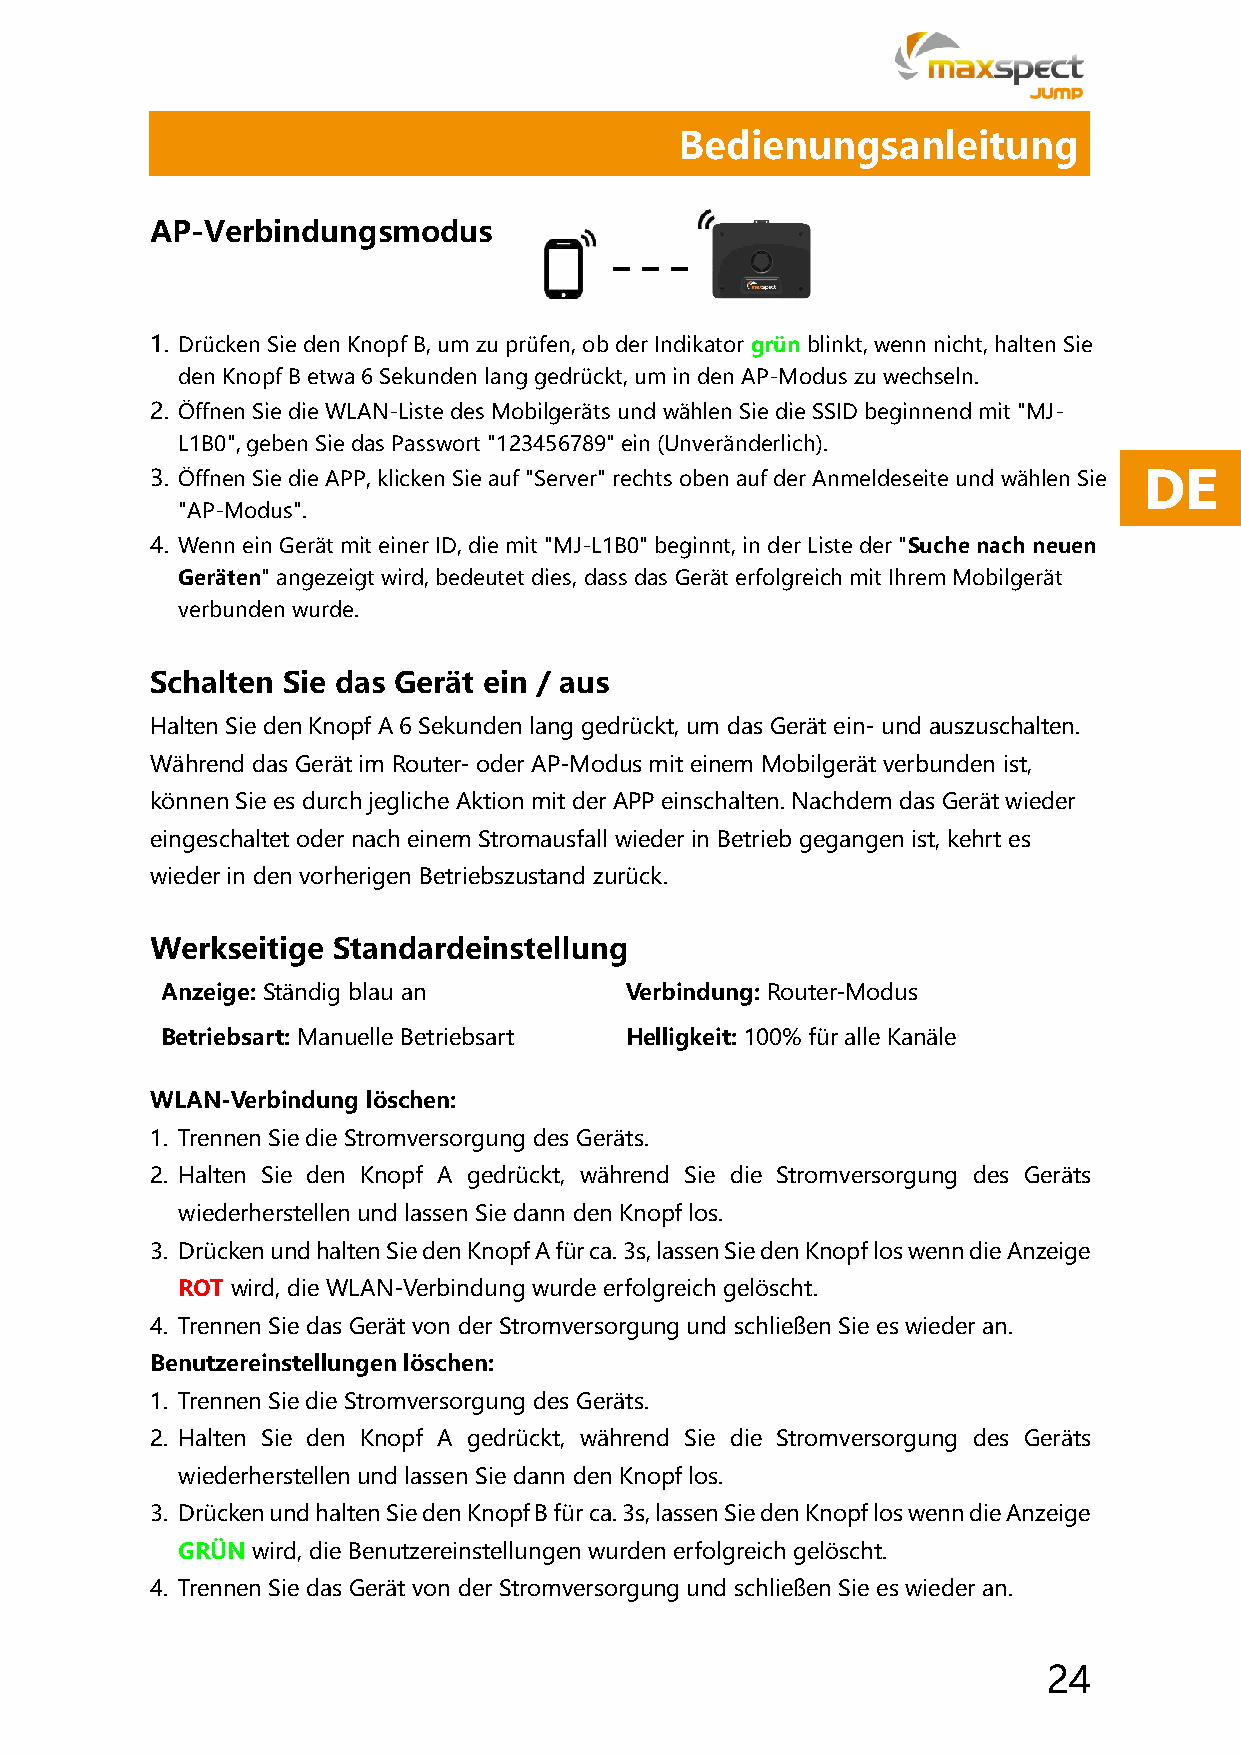
Bedienungsanleitung
 AP-Verbindungsmodus
 1. Drücken Sie den Knopf B, um zu prüfen, ob der Indikator grün blinkt, wenn nicht, halten Sie
 den Knopf B etwa 6 Sekunden lang gedrückt, um in den AP-Modus zu wechseln.
 2. Öffnen Sie die WLAN-Liste des Mobilgeräts und wählen Sie die SSID beginnend mit "MJ-
 L1B0", geben Sie das Passwort "123456789" ein (Unveränderlich).
 3. Öffnen Sie die APP, klicken Sie auf "Server" rechts oben auf der Anmeldeseite und wählen Sie DE
 "AP-Modus".
 4. Wenn ein Gerät mit einer ID, die mit "MJ-L1B0" beginnt, in der Liste der "Suche nach neuen
 Geräten" angezeigt wird, bedeutet dies, dass das Gerät erfolgreich mit Ihrem Mobilgerät
 verbunden wurde.
 Schalten Sie das Gerät ein / aus
 Halten Sie den Knopf A 6 Sekunden lang gedrückt, um das Gerät ein- und auszuschalten.
 Während das Gerät im Router- oder AP-Modus mit einem Mobilgerät verbunden ist,
 können Sie es durch jegliche Aktion mit der APP einschalten. Nachdem das Gerät wieder
 eingeschaltet oder nach einem Stromausfall wieder in Betrieb gegangen ist, kehrt es
 wieder in den vorherigen Betriebszustand zurück.
 Werkseitige Standardeinstellung
 Anzeige: Ständig blau an      Verbindung: Router-Modus
 Betriebsart: Manuelle Betriebsart Helligkeit: 100% für alle Kanäle
 WLAN-Verbindung löschen:
 1. Trennen Sie die Stromversorgung des Geräts.
 2. Halten Sie den Knopf A gedrückt, während Sie die Stromversorgung des Geräts
 wiederherstellen und lassen Sie dann den Knopf los.
 3. Drücken und halten Sie den Knopf A für ca. 3s, lassen Sie den Knopf los wenn die Anzeige
 ROT wird, die WLAN-Verbindung wurde erfolgreich gelöscht.
 4. Trennen Sie das Gerät von der Stromversorgung und schließen Sie es wieder an.
 Benutzereinstellungen löschen:
 1. Trennen Sie die Stromversorgung des Geräts.
 2. Halten Sie den Knopf A gedrückt, während Sie die Stromversorgung des Geräts
 wiederherstellen und lassen Sie dann den Knopf los.
 3. Drücken und halten Sie den Knopf B für ca. 3s, lassen Sie den Knopf los wenn die Anzeige
 GRÜN wird, die Benutzereinstellungen wurden erfolgreich gelöscht.
 4. Trennen Sie das Gerät von der Stromversorgung und schließen Sie es wieder an.
 24